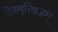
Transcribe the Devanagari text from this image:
देवमृत्विजम्